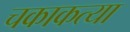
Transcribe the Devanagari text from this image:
चकाकत्या